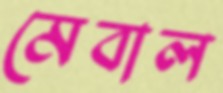
মেবাল